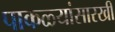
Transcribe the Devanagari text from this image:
पाकळ्यांसारखी